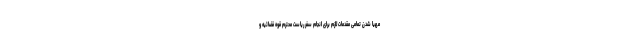
مهیا شدن تمامی مقدمات لازم برای انجام سفر ریاست محترم قوه قضائیه و